Calcutta medical institutions reports 1871-78
Year: 1871
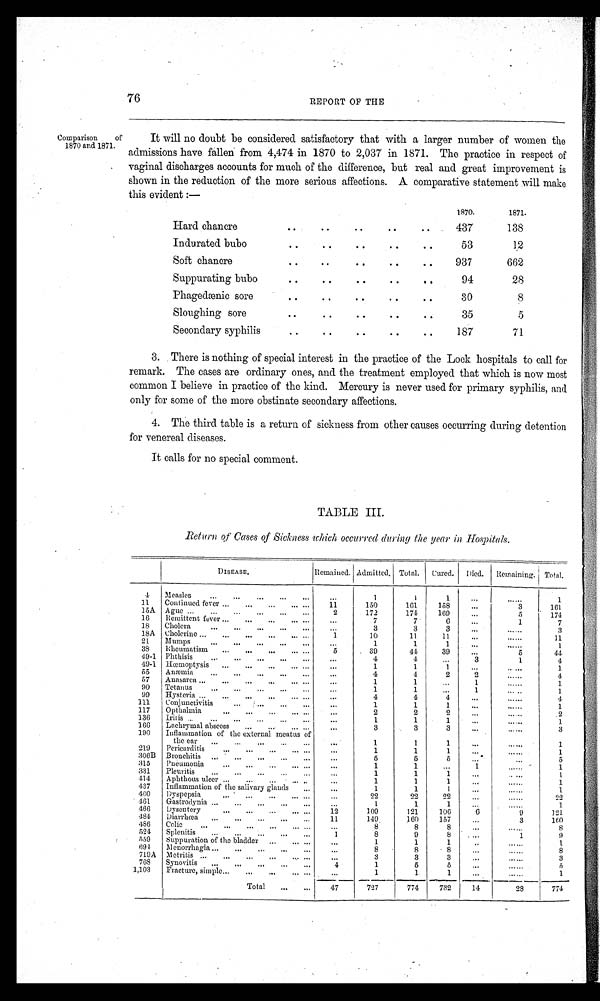
Comparison
of
1870 and 1871.
76
REPORT OF THE
It will no doubt be considered satisfactory that with a larger number of women the
admissions have fallen from 4,474 in 1870 to 2,037 in 1871. The practice in respect of
vaginal discharges accounts for much of the difference, but real and great improvement is
shown in the reduction of the more serious affections. A. comparative statement will make
this evident :—
1870.
1871.
Hard chancre
..
..
..
..
..
437
138
Indurated bubo
..
..
..
..
..
53
12
Soft chancr
..
..
..
..
..
937
662
Suppurating bubo
..
..
..
..
..
94
28
Phagedænic sore
..
..
..
..
..
30
8
Sloughing sore
..
..
..
..
..
35
5
Secondary syphilis
..
..
..
..
..
187
71
3. There is nothing of special interest in the practice of the Lock hospitals to call for
remark. The cases are ordinary ones, and the treatment employed that which is now most
common I believe in practice of the kind. Mercury is never used for primary syphilis, and
only for some of the more obstinate secondary affections.
4. The third table is a return of sickness from other causes occurring during detention
for venereal diseases.
it calls for no special comment.
TABLE III.
Return of Gases of Sickness which occurred during the year in Hospitals,
DISEASE.
Remained. Admitted. Total. Cured. Died. Remaining. Total.
4
Measle
...
1
1
1
...
......
1
11
Continued fever ...
...
...
... ...
11
150
101
158
...
3
161
15A Ague ...
...
...
...
...
...
2
172
174
100
...
5
174
16
Remittent fever ...
...
...
... ... ...
7
7
6
...
1
7
18
Cholera
...
...
...
...
...
...
3
3
3
...
......
3
18A Cholerine ...
...
...
...
... ...
1
10
11
11
...
......
11
21
Mumps
...
...
...
...
... ...
1
1
1
...
......
1
38
Rheumatism
...
...
...
. . .
...
5
39
41
39
...
5
44
49-1 Phthisis
...
...
...
...
...
...
4,
4
...
3
1
4
49-1 Haemoptysis ...
...
...
...
1
1
1
.....
1
55
Anaemia ... ... ... ... ...
...
4
4
2
2
......
4
57
Anasarca ...
...
...
... ...
...
1
1
1
......
1
90
Tetanus
...
...
...
...
...
...
1
1
...
1
......
1
99
Hysteria ...
...
...
... ...
...
4
4
4.
......
4
111
Conjunctivitis
.
...
...
...
1
1
1
...
......
1
117
Opthalmia
...
...
...
... ...
...
2
2
2
...
......
2
136
Iritis ..
...
...
...
...
...
...
1
1
1
...
......
1
166
Lachrymal abscess
...
..... ...
...
3
3
3
......
3
190
Inflammation of the external meatus of
the ear ...
...
...
... ...
...
1
1
1 ...
......
1
219
Pericarditis
...
...
... ... ...
1
1
1 ...
......
1
306B Bronchitis ...
...
...
...
...
5
5
5
...
...
5
315
Pneumonia
...
...
... . ...
1
1
...
1
......
1
331
Pleuritis
...
...
...
...
...
...
1
1
1
...
.....
1
414
Aphthous ulcer ... ... ... ...
...
1
1
1 ...
......
1
437
Inflammation of the salivary glands
..
...
1
1
1 ...
......
1
460
Dyspepsia
...
...
...
... .. ...
22
22
22
...
......
2
461
Gastrodynia ...
...
...
...
...
...
1
1
1 ...
......
1.
466
Dysentery
...
...
...
... ...
12
109
121
106
6
9
121
484
Diarrhæa ...
...
...
...
...
11
149
160
157
...
3
160
486
Colic
...
...
...
...
... ...
...
8
8
8 ...
......
8
524 Splenitis. .
...
...
...
...
1
8
9
8
...
1
9
559
Suppuration of the bladder ...
... ...
...
1
1
1 ..
......
1
694
Menorrhagia ...
...
...
...
...
...
8
8
8
...
......
8
719A Metritis ...
...
...
...
... ...
...
3
3
3
...
......
3
768
Synovitis ...
...
...
... ...
4
1
5
5
...
......
5
1,1.03
Fracture, simple...
...
.
... ...
1
1
1
......
1
Total
...
. . .
47
727
774
732
14
28
774